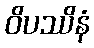
ဝိပဿိနံ